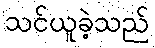
သင်ယူခဲ့သည်